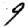
Digit: 9